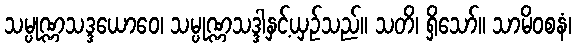
သမ္ပုဏ္ဏသဒ္ဒယောဝေ၊ သမ္ပုဏ္ဏသဒ္ဒါနှင့်ယှဉ်သည်။ သတိ၊ ရှိသော်။ သာမိဝစနံ၊